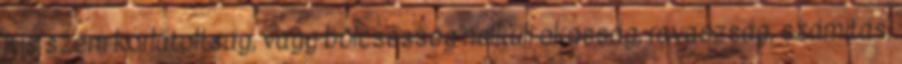
Kis szem korlátoltság, vagy bölcsesség nélküli okosság, ravaszság, számítás,